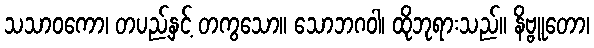
သသာဝကော၊ တပည့်နှင့် တကွသော။ သောဘဂဝါ၊ ထိုဘုရားသည်။ နိဗ္ဗူတော၊